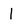
Character: 1